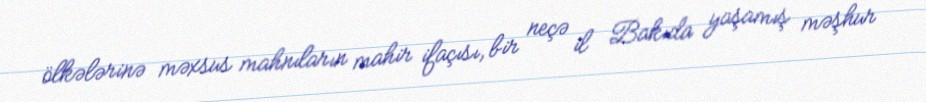
ölkələrinə məxsus mahnıların mahir ifaçısı, bir neçə il Bakıda yaşamış məşhur